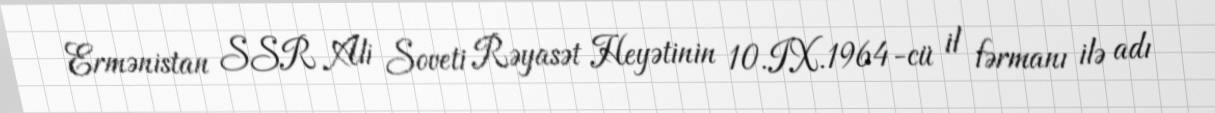
Ermənistan SSR Ali Soveti Rəyasət Heyətinin 10.IX.1964-cü il fərmanı ilə adı